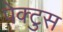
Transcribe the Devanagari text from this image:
पेक्टुस